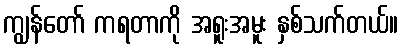
ကျွန်တော် ကရတာကို အရူးအမူး နှစ်သက်တယ်။